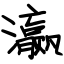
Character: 瀛